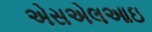
એસએલઆઇ